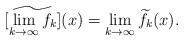
LaTeX: \begin{align*}[\widetilde{\lim_{k \to \infty} f_k}](x) = \lim_{k \to \infty} \widetilde{f_k}(x).\end{align*}